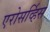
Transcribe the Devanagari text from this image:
एरोसर्व्हिस